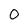
Character: 0